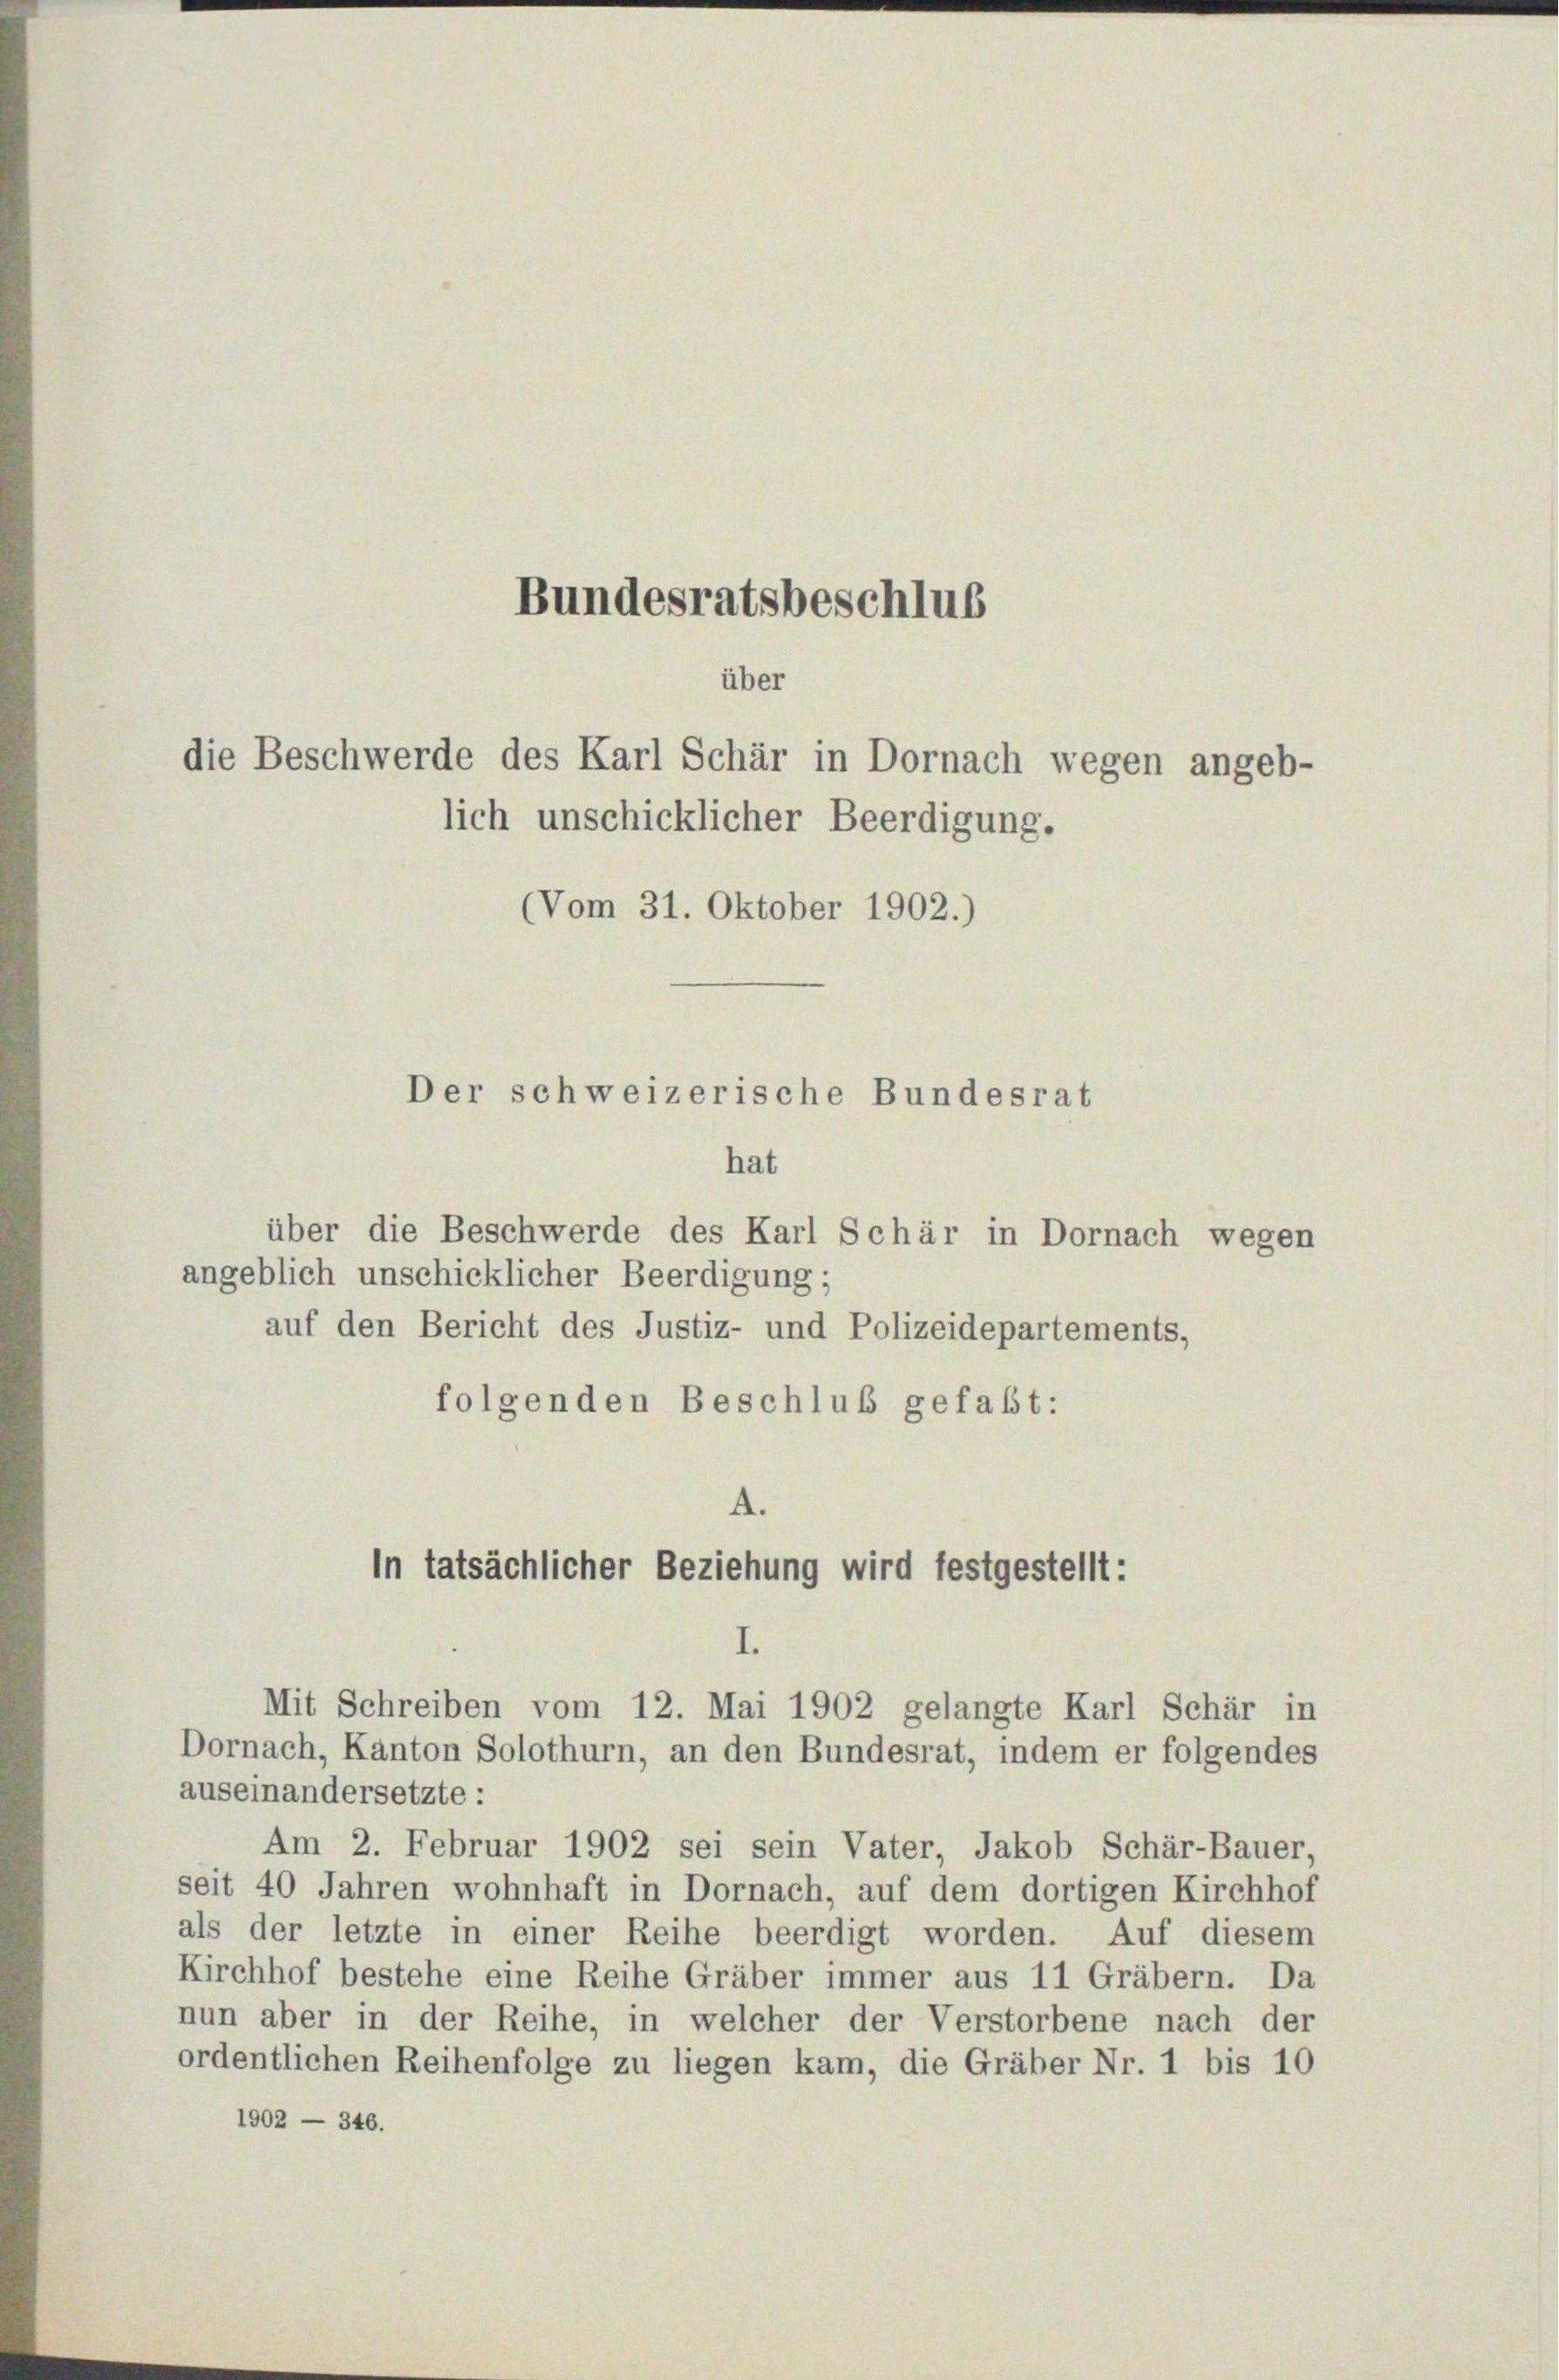
Bundesratsbeschlus
über
die Beschwerde des Karl Schär in Dornach wegen angeb-

lich unschicklicher Beerdigung.
(Vom 31. Oktober 1902.)
Der schweizerische Bundesrat
hat

über die Beschwerde des Karl Schär in Dornach wegen
angeblich unschicklicher Beerdigung;
auf den Bericht des Justiz- und Polizeidepartements,
folgenden Beschluß gefaßt:

auseinandersetzte :
Am 2. Februar 1902 sei sein Vater, Jakob Schär-Bauer,
seit 40 Jahren wohnhaft in Dornach, auf dem dortigen Kirchhof
als der letzte in einer Reihe beerdigt worden. Auf diesem
Kirchhof bestehe eine Reihe Gräber immer aus 11 Gräbern. Da
nun aber in der Reihe, in welcher der Verstorbene nach der
ordentlichen Reihenfolge zu liegen kam, die Gräber Nr. 1 bis 10
1902 — 346.

A.
In tatsächlicher Beziehung wird festgestellt:
I.
Mit Schreiben vom 12. Mai 1902 gelangte Karl Schär in
Dornach, Kanton Solothurn, an den Bundesrat, indem er folgendes